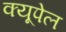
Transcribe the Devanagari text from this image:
क्यूपेल